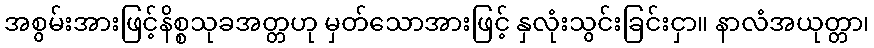
အစွမ်းအားဖြင့်နိစ္စသုခအတ္တဟု မှတ်သောအားဖြင့် နှလုံးသွင်းခြင်းငှာ။ နာလံအယုတ္တာ၊